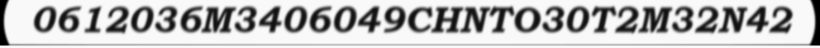
0612036M3406049CHNTO30T2M32N42